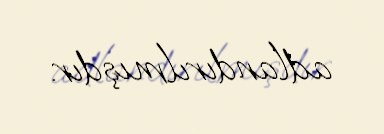
adlandırılmışdır.